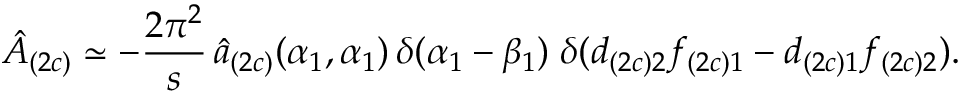
\hat { A } _ { ( 2 c ) } \simeq - \frac { 2 \pi ^ { 2 } } { s } \, \hat { a } _ { ( 2 c ) } ( \alpha _ { 1 } , \alpha _ { 1 } ) \, \delta ( \alpha _ { 1 } - \beta _ { 1 } ) \; \delta ( d _ { ( 2 c ) 2 } f _ { ( 2 c ) 1 } - d _ { ( 2 c ) 1 } f _ { ( 2 c ) 2 } ) .